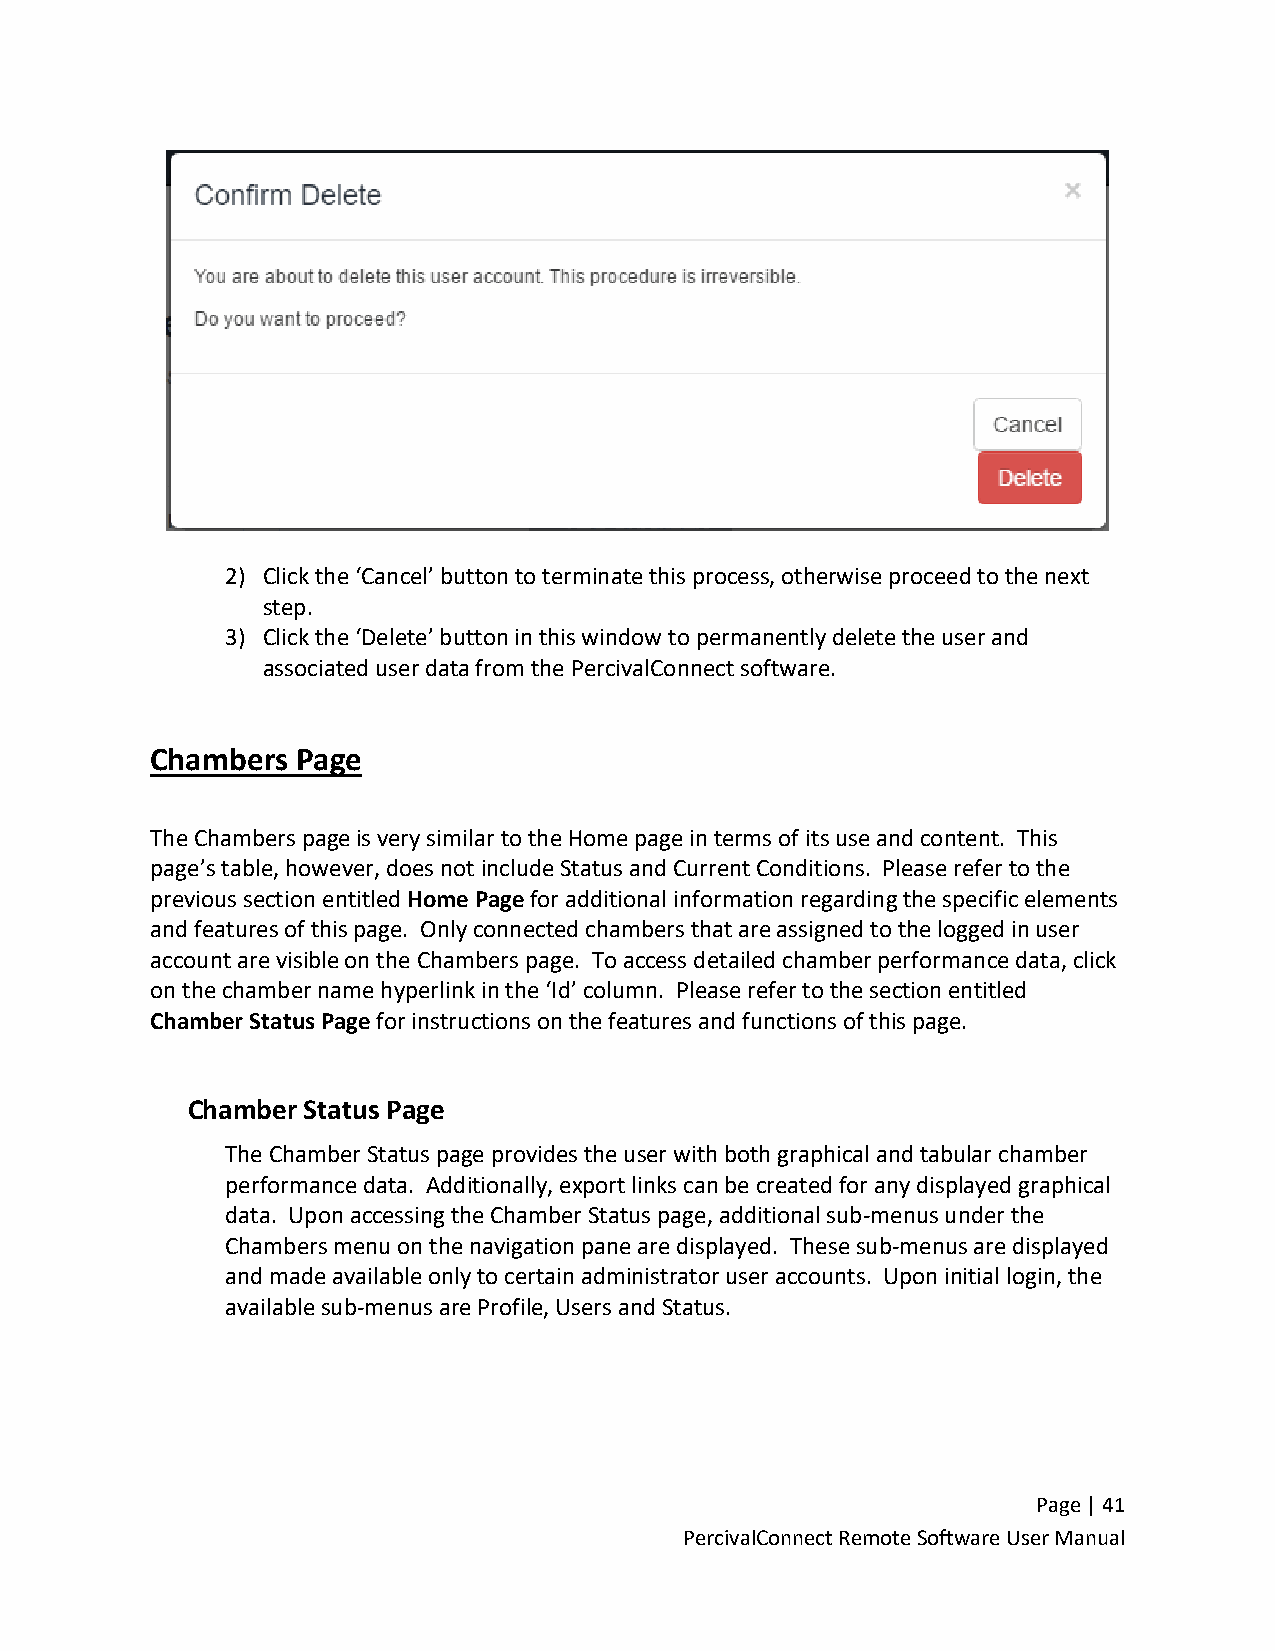
2) Click the ‘Cancel’ button to terminate this process, otherwise proceed to the next
 step.
 3) Click the ‘Delete’ button in this window to permanently delete the user and
 associated user data from the PercivalConnect software.
 Chambers  Page
 The Chambers page is very similar to the Home page in terms of its use and content. This
 page’s table, however, does not include Status and Current Conditions. Please refer to the
 previous section entitled Home Page for additional information regarding the specific elements
 and features of this page. Only connected chambers that are assigned to the logged in user
 account are visible on the Chambers page. To access detailed chamber performance data, click
 on the chamber name hyperlink in the ‘Id’ column. Please refer to the section entitled
 Chamber Status Page for instructions on the features and functions of this page.
 Chamber Status Page
 The Chamber Status page provides the user with both graphical and tabular chamber
 performance data. Additionally, export links can be created for any displayed graphical
 data. Upon accessing the Chamber Status page, additional sub-menus under the
 Chambers menu on the navigation pane are displayed. These sub-menus are displayed
 and made available only to certain administrator user accounts. Upon initial login, the
 available sub-menus are Profile, Users and Status.
 Page | 41
 PercivalConnect Remote Software User Manual